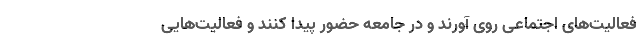
فعالیت‌های اجتماعی روی آورند و در جامعه حضور پیدا کنند و فعالیت‌هایی